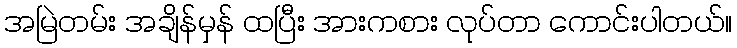
အမြဲတမ်း အချိန်မှန် ထပြီး အားကစား လုပ်တာ ကောင်းပါတယ်။